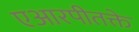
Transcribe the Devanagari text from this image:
एआरपीतक्ते